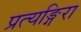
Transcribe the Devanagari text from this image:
प्रत्यङ्गिरा